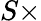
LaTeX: S\times